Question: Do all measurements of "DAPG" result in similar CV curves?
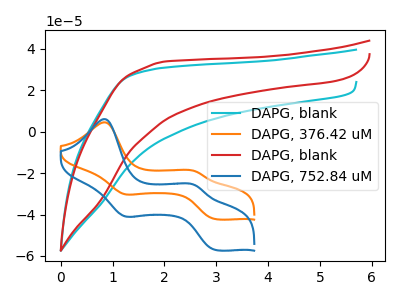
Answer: <think>The cyan curve "DAPG, blank" has no peaks. The orange curve "DAPG, 376.42 uM" has anodic peaks at (0.85V, 4.45uA) (2.60V, -19.10uA) and cathodic peaks at (1.25V, -30.10uA) (3.00V, -42.25uA). The red curve "DAPG, blank" has no peaks. The blue curve "DAPG, 752.84 uM" has anodic peaks at (0.85V, 6.00uA) (2.60V, -25.80uA) and cathodic peaks at (1.25V, -40.75uA) (3.00V, -57.10uA).
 "DAPG, blank" and "DAPG, 376.42 uM" have a different number of peaks. Neither "DAPG, blank" or "DAPG, blank" have any peaks. "DAPG, blank" and "DAPG, 752.84 uM" have a different number of peaks. "DAPG, 376.42 uM" and "DAPG, blank" have a different number of peaks. All the peaks in "DAPG, 376.42 uM" have a peak in "DAPG, 752.84 uM" at the same potential. "DAPG, blank" and "DAPG, 752.84 uM" have a different number of peaks.</think>
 <answer>All the CV's of "DAPG" have similar shape.</answer>
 <eval>follow_rule</eval>